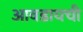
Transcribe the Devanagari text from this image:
आवडायची